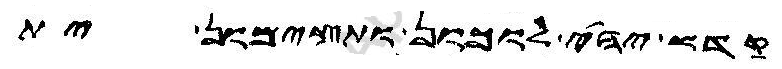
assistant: קדש יהי לוכון ותצימון ית